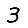
Digit: 3